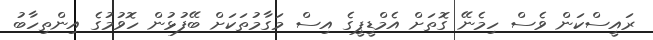
ރައީސްކަން ވެސް ހިމެނޭ ގޮތަށް އެމްޑީޕީގެ އިސް މަގާމުތަކަށް ބޭފުޅުން ހޮވުމުގެ އިންތިހާބު